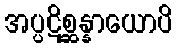
အပ္ပဋိစ္ဆန္နာယောပိ